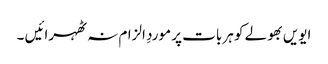
ایویں بھولے کو ہر بات پر موردِ الزام نہ ٹھہرائیں ۔